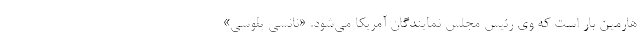
هارمین بار است که وی رئیس مجلس نمایندگان آمریکا می‌شود. «نانسی پلوسی»